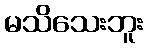
မသိသေးဘူး